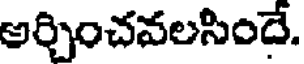
అర్చించవలసిందే.